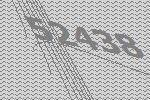
52438